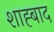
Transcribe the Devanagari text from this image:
शाह्बाद